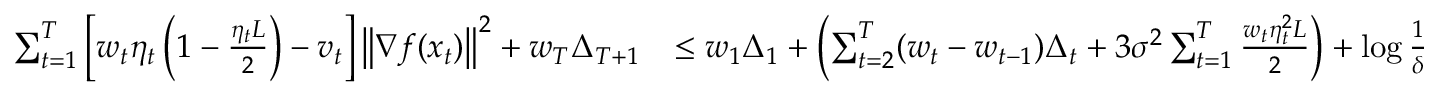
\begin{array} { r l } { \sum _ { t = 1 } ^ { T } \left[ w _ { t } \eta _ { t } \left( 1 - \frac { \eta _ { t } L } { 2 } \right) - v _ { t } \right] \left\Vert \nabla f ( x _ { t } ) \right\Vert ^ { 2 } + w _ { T } \Delta _ { T + 1 } } & { \le w _ { 1 } \Delta _ { 1 } + \left( \sum _ { t = 2 } ^ { T } ( w _ { t } - w _ { t - 1 } ) \Delta _ { t } + 3 \sigma ^ { 2 } \sum _ { t = 1 } ^ { T } \frac { w _ { t } \eta _ { t } ^ { 2 } L } { 2 } \right) + \log \frac { 1 } { \delta } } \end{array}